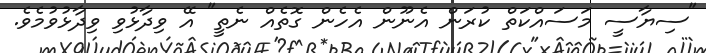
"ސިޔާސީ މަސައްކަތް ކުރަން އެނޫން އެހެން ގޮތެއް ނެތީ" އޭ ވިދާޅުވި ވިދާޅުވުމެވެ.